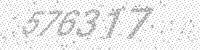
Solution: 576317